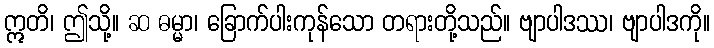
ဣတိ၊ ဤသို့။ ဆ ဓမ္မာ၊ ခြောက်ပါးကုန်သော တရားတို့သည်။ ဗျာပါဒဿ၊ ဗျာပါဒကို။